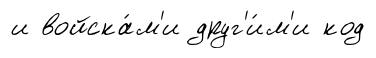
и войска́м'и друг'и́м'и код